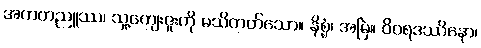
အကတညူဿ၊ သူ့ကျေးဇူးကို မသိတတ်သော။ နိစ္စံ၊ အမြဲ။ ဝိဝရဒဿိနော၊